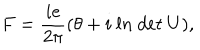
LaTeX: F = \frac { i e } { 2 \pi } ( \theta + i \ l n \ d e t \ U ) ,